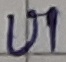
Text: U1